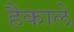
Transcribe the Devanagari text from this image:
हैकाले